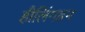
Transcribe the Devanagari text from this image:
हीलिंगडन